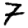
Digit: 7